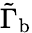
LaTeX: \tilde{\Gamma}_{\mathrm{{b}}}